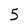
Character: 5